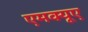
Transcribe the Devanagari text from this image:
एमक्यूए